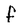
Character: f